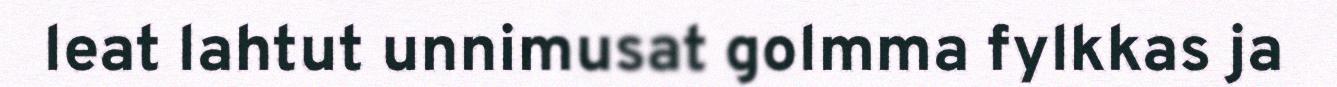
leat lahtut unnimusat golmma fylkkas ja